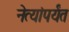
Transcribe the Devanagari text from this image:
नेत्यांपर्यंत